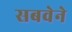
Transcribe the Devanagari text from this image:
सबवेने